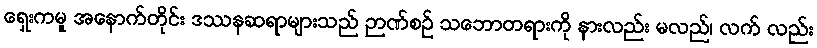
ရှေးကမူ အနောက်တိုင်း ဒဿနဆရာများသည် ဉာဏ်စဉ် သဘောတရားကို နားလည်း မလည်၊ လက် လည်း